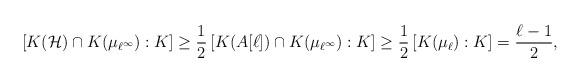
LaTeX: \begin{align*}\left[K(\mathcal{H}) \cap K(\mu_{\ell^\infty}) : K \right] \geq \frac{1}{2} \left[K(A[\ell]) \cap K(\mu_{\ell^\infty}) : K \right] \geq \frac{1}{2} \left[ K(\mu_\ell):K \right] = \frac{\ell-1}{2},\end{align*}